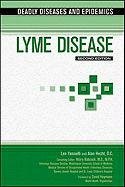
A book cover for Lyme Disease (Deadly Diseases and Epidemics); Len Yannielli; Teen & Young Adult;